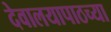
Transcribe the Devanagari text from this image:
देवालयापाठच्या